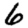
Digit: 6